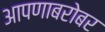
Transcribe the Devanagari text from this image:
आपणाबरोबर